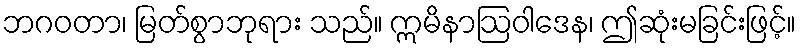
ဘဂဝတာ၊ မြတ်စွာဘုရား သည်။ ဣမိနာဩဝါဒေန၊ ဤဆုံးမခြင်းဖြင့်။